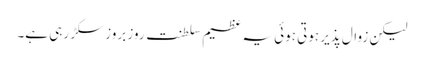
لیکن زوال پذیر ہوتی ہوئی یہ عظیم سلطنت روز بروز سکڑ رہی ہے۔